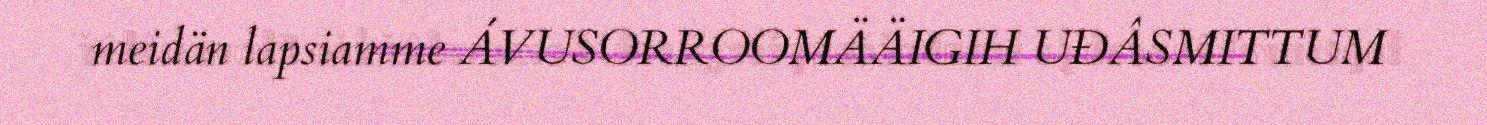
meidän lapsiamme ÁVUSORROOMÄÄIGIH UĐÂSMITTUM